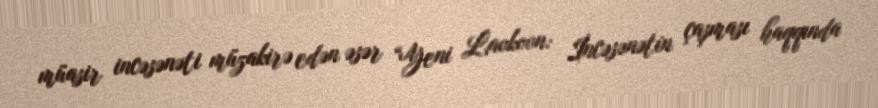
müasir incəsənəti müzakirə edən əsər “Yeni Laokoon: İncəsənətin çaşması haqqında